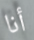
أنا